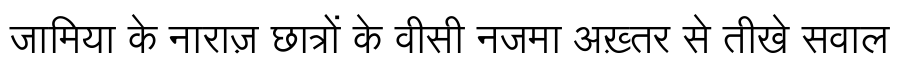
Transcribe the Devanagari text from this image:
जामिया के नाराज़ छात्रों के वीसी नजमा अख़्तर से तीखे सवाल